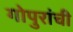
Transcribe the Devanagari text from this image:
गोपुरांची